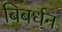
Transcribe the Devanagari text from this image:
बिबर्धन